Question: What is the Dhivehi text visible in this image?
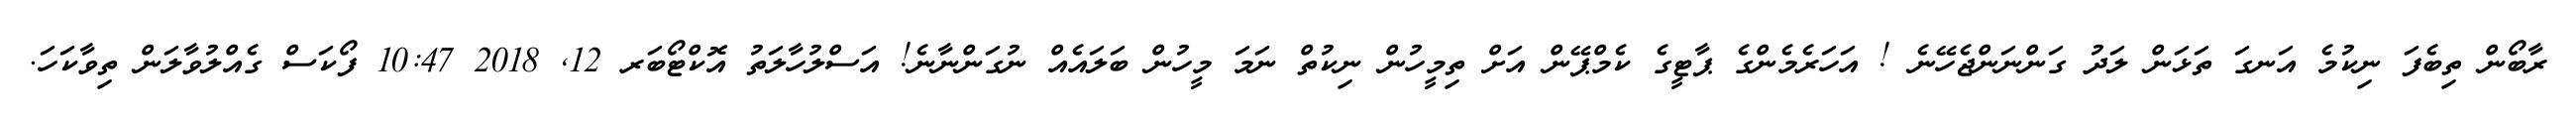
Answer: ރާބޯން ތިބެފަ ނިކުމެ އަނގަ ތަޅަން ލަދު ގަންނަންޖެހޭނެ ! އަހަރެމެންގެ ޕާޓީގެ ކެމްޕޭން އަށް ތިމީހުން ނިކުތް ނަމަ މީހުން ބަލައެއް ނުގަންނާނެ! އަސްލުހާލަތު އޮކްޓޯބަރ 12, 2018 10:47 ފޯކަސް ގެއްލުވާލަން ތިވާކަހަ.